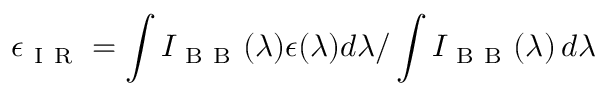
\epsilon _ { \mathrm { ~ I ~ R ~ } } = \int I _ { \mathrm { ~ B ~ B ~ } } ( \lambda ) \epsilon ( \lambda ) d \lambda / \int I _ { \mathrm { ~ B ~ B ~ } } ( \lambda ) \, d \lambda